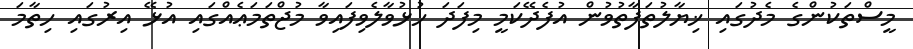
މީސްތަކުންގެ މެދުގައި ޚިޔާލުތަފާތުވުން އުފެދޭކަމީ މިފަދަ ހުޅުވާލެވިފައިވާ މުޖްތަމަޢެއްގައި އުޅޭ އިރުގައި ހިތާމަ